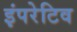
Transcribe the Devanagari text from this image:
इंपरेटिव